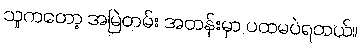
သူကတော့ အမြဲတမ်း အတန်းမှာ ပထမပဲရတယ်။